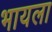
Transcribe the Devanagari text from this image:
भायला